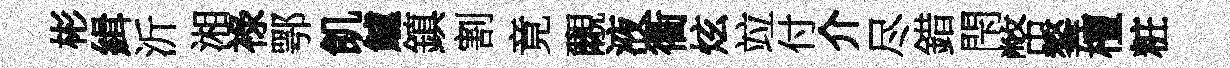
彬緝沂湘祿鄂飢鱸鎮割竟覼液衢炫竝付介尽錯閇幣鏊檀粧